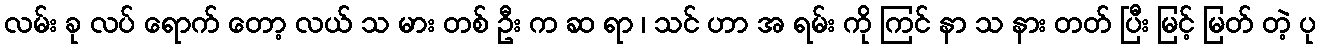
လမ်း ခု လပ် ရောက် တော့ လယ် သ မား တစ် ဦး က ဆ ရာ ၊ သင် ဟာ အ ရမ်း ကို ကြင် နာ သ နား တတ် ပြီး မြင့် မြတ် တဲ့ ပု